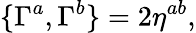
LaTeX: \{ \Gamma^{a},\Gamma^{b}\} =2\eta^{ab},